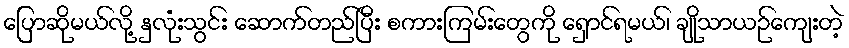
ပြောဆိုမယ်လို့ နှလုံးသွင်း ဆောက်တည်ပြီး စကားကြမ်းတွေကို ရှောင်ရမယ်၊ ချိုသာယဉ်ကျေးတဲ့